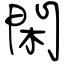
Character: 閑